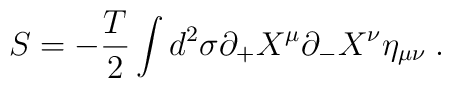
S=-\frac{T}{2}\int d^{2}\sigma \partial_{+}X^{\mu}\partial_{-}X^{\nu}\eta_{\mu\nu}\;.